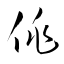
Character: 佻